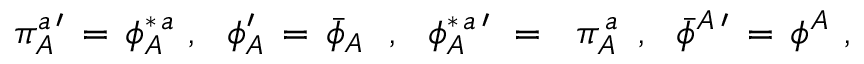
\pi _ { A } ^ { a \, \prime } \, = \, \phi _ { A } ^ { \ast \, a } \, \, , \, \, \, \, \phi _ { A } ^ { \prime } \, = \, { \bar { \phi } } _ { A } \, \, \, \, , \, \, \, \, \phi _ { A } ^ { \ast \, a \, \prime } \, \, = \, \, \, \, \pi _ { A } ^ { \, a } \, \, \, , \, \, \, \, { \bar { \phi } } ^ { A \, \prime } \, = \, \phi ^ { A } \, \, ,